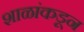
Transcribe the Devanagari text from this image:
शाळांकडून